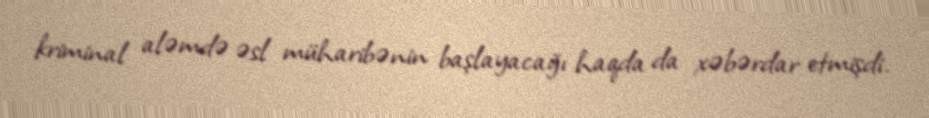
kriminal aləmdə əsl müharibənin başlayacağı haqda da xəbərdar etmişdi.